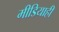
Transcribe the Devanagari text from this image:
मीडियाही